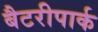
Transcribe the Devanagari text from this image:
बैटरीपार्क